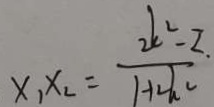
x _ { 1 } x _ { 2 } = \frac { 2 k ^ { 2 } - 2 } { 1 + 2 h }